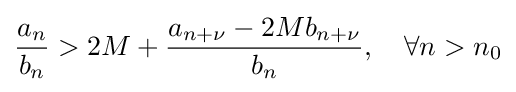
{\frac {a_{n}}{b_{n}}}>2M+{\frac {a_{n+\nu }-2Mb_{n+\nu }}{b_{n}}},\quad \forall n>n_{0}